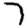
Digit: 7